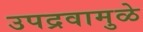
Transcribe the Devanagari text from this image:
उपद्रवामुळे